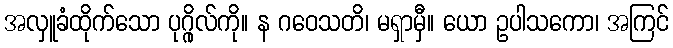
အလှူခံထိုက်သော ပုဂ္ဂိုလ်ကို။ န ဂဝေသတိ၊ မရှာမှီ။ ယော ဥပါသကော၊ အကြင်